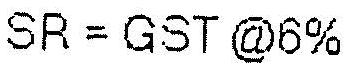
SR = GST @6%